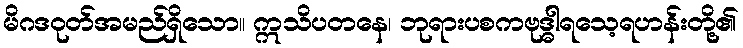
မိဂဒဝုတ်အမည်ရှိသော။ ဣသိပတနေ၊ ဘုရားပစကဗုဒ္ဓါရသေ့ရဟန်းတို့၏